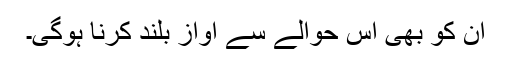
ان کو بھی اس حوالے سے آواز بلند کرنا ہوگی۔